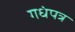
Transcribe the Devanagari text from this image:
गधंपत्र